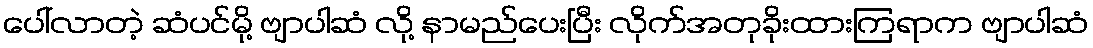
ပေါ်လာတဲ့ ဆံပင်မို့ ဗျာပါဆံ လို့ နာမည်ပေးပြီး လိုက်အတုခိုးထားကြရာက ဗျာပါဆံ